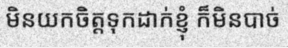
មិនយកចិត្តទុកដាក់ខ្ញុំ ក៏មិនបាច់